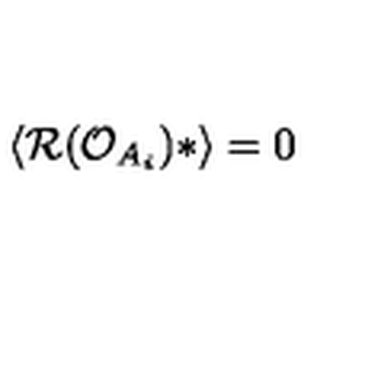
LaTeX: \langle { \cal R } ( { \cal O } _ { A _ { i } } ) * \rangle = 0